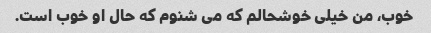
خوب، من خیلی خوشحالم که می شنوم که حال او خوب است.